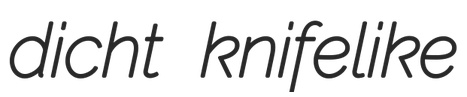
dicht knifelike